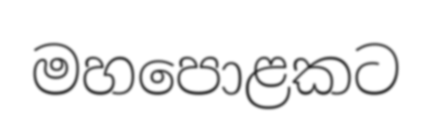
මහපොළකට